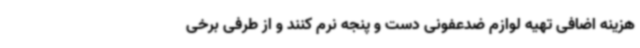
هزینه اضافی تهیه لوازم ضدعفونی دست و پنجه نرم کنند و از طرفی برخی